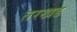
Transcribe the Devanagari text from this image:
तरखड